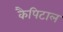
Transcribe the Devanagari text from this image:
कैपिटाल